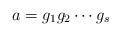
LaTeX: \begin{align*}a=g_1g_2\cdots g_s\end{align*}